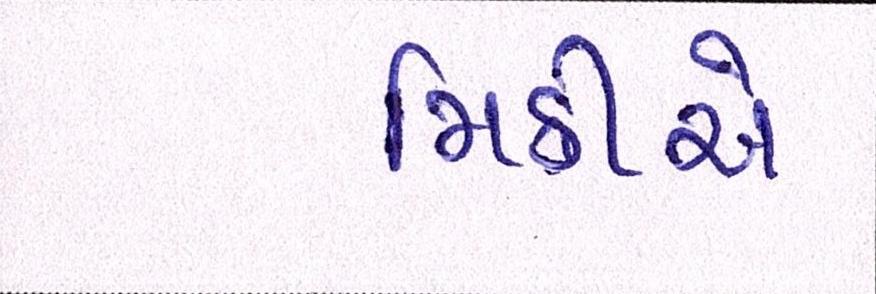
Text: મિક્રીએ